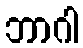
ဘာဂါ